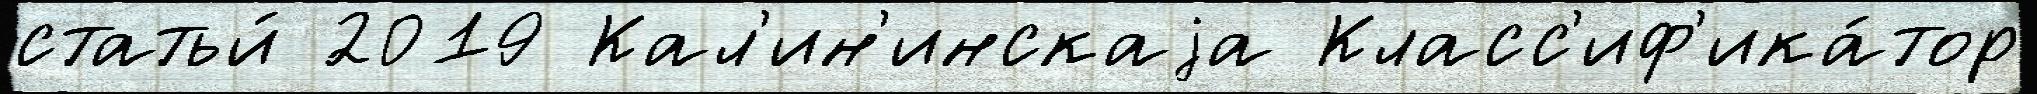
статьи́ 2019 Кал'ин'инскаjа Класс'иф'ика́тор